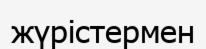
жүрістермен